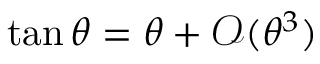
\tan \theta = \theta + \mathcal { O } ( \theta ^ { 3 } )